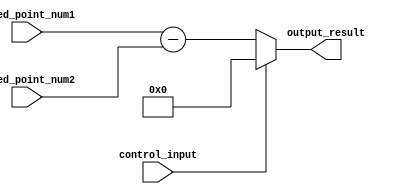
module fixed_point_subtractor(
    input signed [7:0] fixed_point_num1,
    input signed [7:0] fixed_point_num2,
    input control_input,
    output reg signed [7:0] output_result
);

reg signed [7:0] internal_result;

always @ (control_input or fixed_point_num1 or fixed_point_num2) begin
    if(control_input == 1'b0) begin
        internal_result = fixed_point_num1 - fixed_point_num2;
    end else begin
        internal_result = 8'b0; // No operation selected
    end
end

assign output_result = internal_result;

endmodule